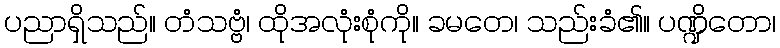
ပညာရှိသည်။ တံသဗ္ဗံ၊ ထိုအလုံးစုံကို။ ခမတေ၊ သည်းခံ၏။ ပဏ္ဍိတော၊